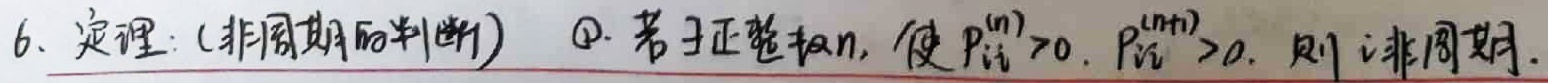
6. 定理：（非周期的判断）
\textcircled{1} 若 $\exists$ 正整数 \(n\)，使 \(P_{ii}^{(n)}>0\)，\(P_{ii}^{(n + 1)}>0\)，则 \(i\) 非周期。